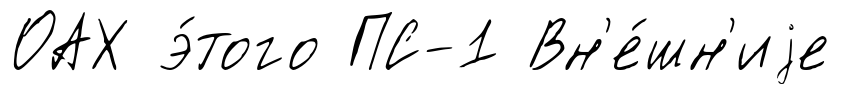
ОАХ э́того ПС-1 Вн'е́шн'иjе